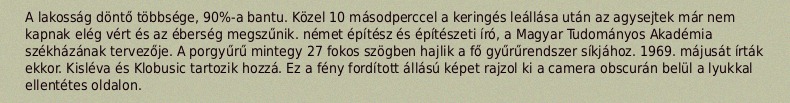
A lakosság döntő többsége, 90%-a bantu. Közel 10 másodperccel a keringés leállása után az agysejtek már nem kapnak elég vért és az éberség megszűnik. német építész és építészeti író, a Magyar Tudományos Akadémia székházának tervezője. A porgyűrű mintegy 27 fokos szögben hajlik a fő gyűrűrendszer síkjához. 1969. májusát írták ekkor. Kisléva és Klobusic tartozik hozzá. Ez a fény fordított állású képet rajzol ki a camera obscurán belül a lyukkal ellentétes oldalon.